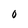
Character: 0